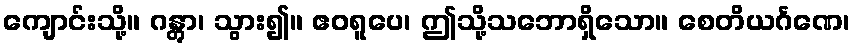
ကျောင်းသို့။ ဂန္တွာ၊ သွား၍။ ဧဝရူပေ၊ ဤသို့သဘောရှိသော။ စေတိယင်္ဂဏေ၊